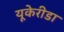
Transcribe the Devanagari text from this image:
यूकेरीडा